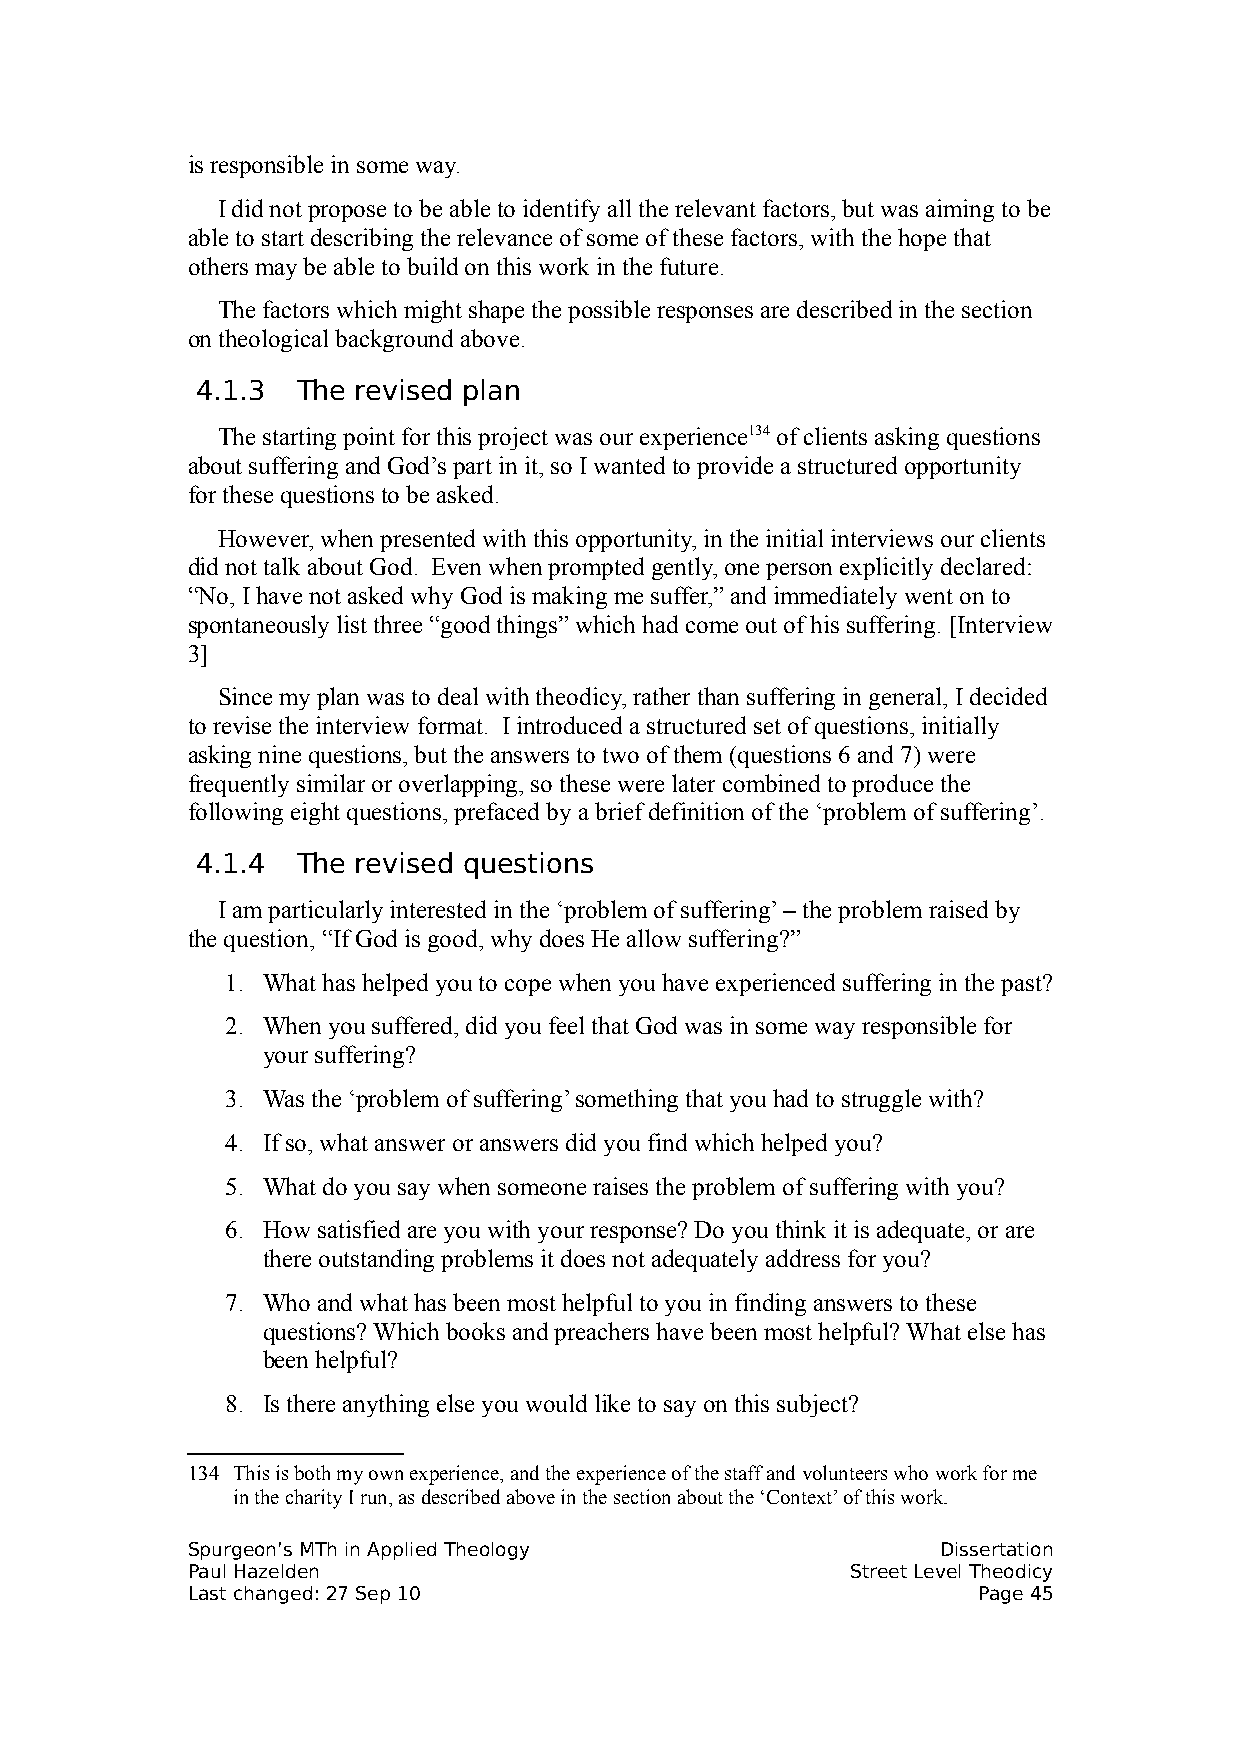
is responsible in some way.
 I did not propose to be able to identify all the relevant factors, but was aiming to be
 able to start describing the relevance of some of these factors, with the hope that
 others may be able to build on this work in the future.
 The factors which might shape the possible responses are described in the section
 on theological background above.
 4.1.3  The revised plan
 The starting point for this project was our experience134 of clients asking questions
 about suffering and God’s part in it, so I wanted to provide a structured opportunity
 for these questions to be asked.
 However, when presented with this opportunity, in the initial interviews our clients
 did not talk about God. Even when prompted gently, one person explicitly declared:
 “No, I have not asked why God is making me suffer,” and immediately went on to
 spontaneously list three “good things” which had come out of his suffering. [Interview
 3]
 Since my plan was to deal with theodicy, rather than suffering in general, I decided
 to revise the interview format. I introduced a structured set of questions, initially
 asking nine questions, but the answers to two of them (questions 6 and 7) were
 frequently similar or overlapping, so these were later combined to produce the
 following eight questions, prefaced by a brief definition of the ‘problem of suffering’.
 4.1.4  The revised questions
 I am particularly interested in the ‘problem of suffering’ – the problem raised by
 the question, “If God is good, why does He allow suffering?”
 1. What has helped you to cope when you have experienced suffering in the past?
 2. When you suffered, did you feel that God was in some way responsible for
 your suffering?
 3. Was the ‘problem of suffering’ something that you had to struggle with?
 4. If so, what answer or answers did you find which helped you?
 5. What do you say when someone raises the problem of suffering with you?
 6. How satisfied are you with your response? Do you think it is adequate, or are
 there outstanding problems it does not adequately address for you?
 7. Who and what has been most helpful to you in finding answers to these
 questions? Which books and preachers have been most helpful? What else has
 been helpful?
 8. Is there anything else you would like to say on this subject?
 134 This is both my own experience, and the experience of the staff and volunteers who work for me
 in the charity I run, as described above in the section about the ‘Context’ of this work.
 Spurgeon’s MTh in Applied Theology                Dissertation
 Paul Hazelden                               Street Level Theodicy
 Last changed: 27 Sep 10                              Page 45